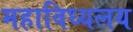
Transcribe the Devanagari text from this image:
महाविध्यलय